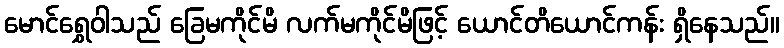
မောင်ရွှေဝါသည် ခြေမကိုင်မိ လက်မကိုင်မိဖြင့် ယောင်တိယောင်ကန်း ရှိနေသည်။